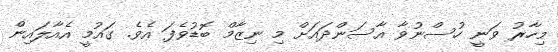
މިހާރު ވަނީ ހުސްނުވާ އާސަންދައަށް މި ނިޒާމް ބޮޑުވެފަ އެވެ. ގައުމީ އެއާލައިން